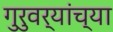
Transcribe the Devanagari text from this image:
गुरुवर्यांच्या